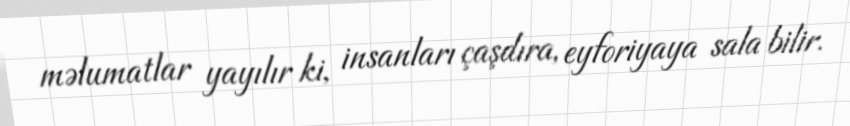
məlumatlar yayılır ki, insanları çaşdıra, eyforiyaya sala bilir.